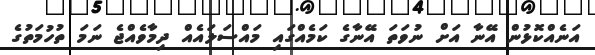
އަނެއްކޮޅުން އޭނާ އަށް ނުވަތަ އޭނާގެ ކަމެއްގައި މައްސަލައެއް ދިމާވެއްޖެ ނަމަ ތުހުމަތުގެ